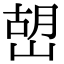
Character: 𡹹